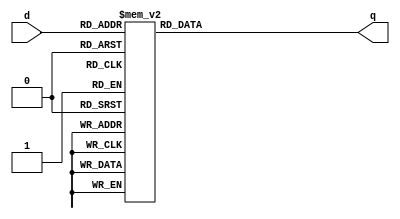
module _4_to_16_decoder(d, q); // 4 to 8 decoder
	input [3:0]	d; 	// select signal
	output reg [15:0] q;  
		
	always@(d)
	begin
		case(d) 
			4'b0000 : q = 16'b0000_0000_0000_0001;
			4'b0001 : q = 16'b0000_0000_0000_0010;
			4'b0010 : q = 16'b0000_0000_0000_0100;
			4'b0011 : q = 16'b0000_0000_0000_1000;
			4'b0100 : q = 16'b0000_0000_0001_0000;
			4'b0101 : q = 16'b0000_0000_0010_0000;
			4'b0110 : q = 16'b0000_0000_0100_0000;
			4'b0111 : q = 16'b0000_0000_1000_0000;
			4'b1000 : q = 16'b0000_0001_0000_0000;
			4'b1001 : q = 16'b0000_0010_0000_0000;
			4'b1010 : q = 16'b0000_0100_0000_0000;
			4'b1011 : q = 16'b0000_1000_0000_0000;
			4'b1100 : q = 16'b0001_0000_0000_0000;
			4'b1101 : q = 16'b0010_0000_0000_0000;
			4'b1110 : q = 16'b0100_0000_0000_0000;
			4'b1111 : q = 16'b1000_0000_0000_0000;
			default : q = 16'bx;
		endcase
	end
endmodule